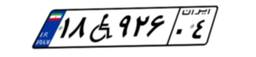
۵۸W۷۶۵۱۶